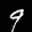
Digit: 9